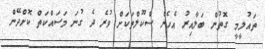
ތައުލީމީ ގޮތުން ބަލާއިރު އެހެން ސްކޫލްތަކަށް ވުރެ ދެ ގުނަ މަސައްކަތް ކޮށްދޭން